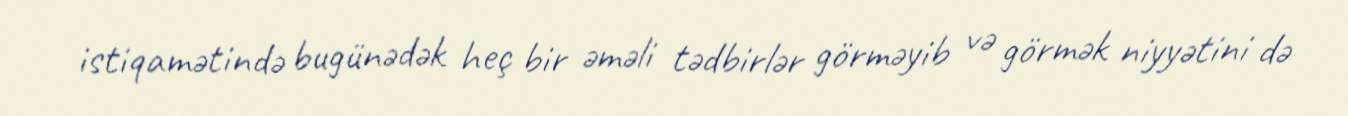
istiqamətində bugünədək heç bir əməli tədbirlər görməyib və görmək niyyətini də